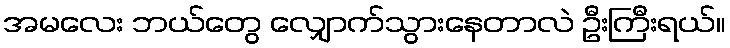
အမလေး ဘယ်တွေ လျှောက်သွားနေတာလဲ ဦးကြီးရယ်။